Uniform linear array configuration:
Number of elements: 12
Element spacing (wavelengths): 0.25
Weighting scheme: uniform
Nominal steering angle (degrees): -45
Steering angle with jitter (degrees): -45.847
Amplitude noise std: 0.05
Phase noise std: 0.05

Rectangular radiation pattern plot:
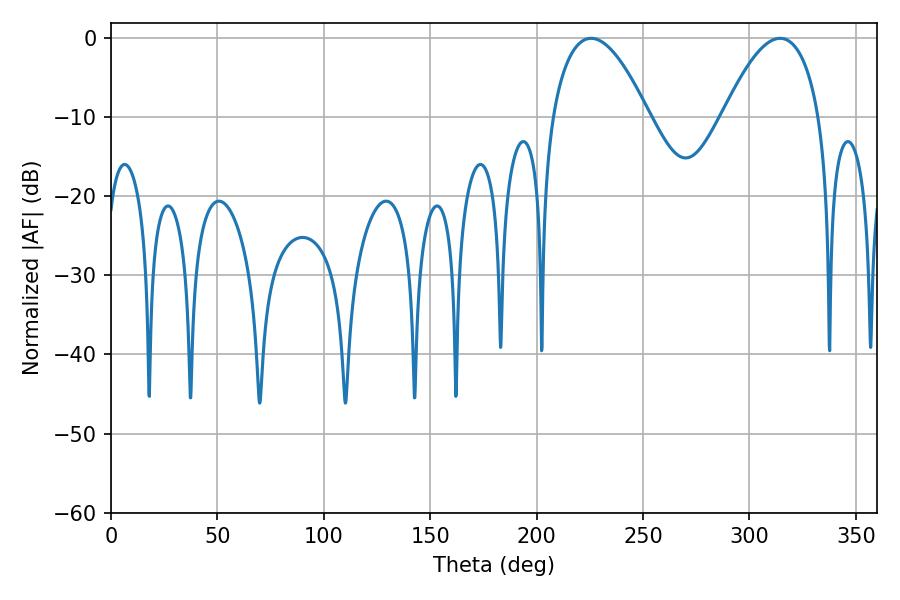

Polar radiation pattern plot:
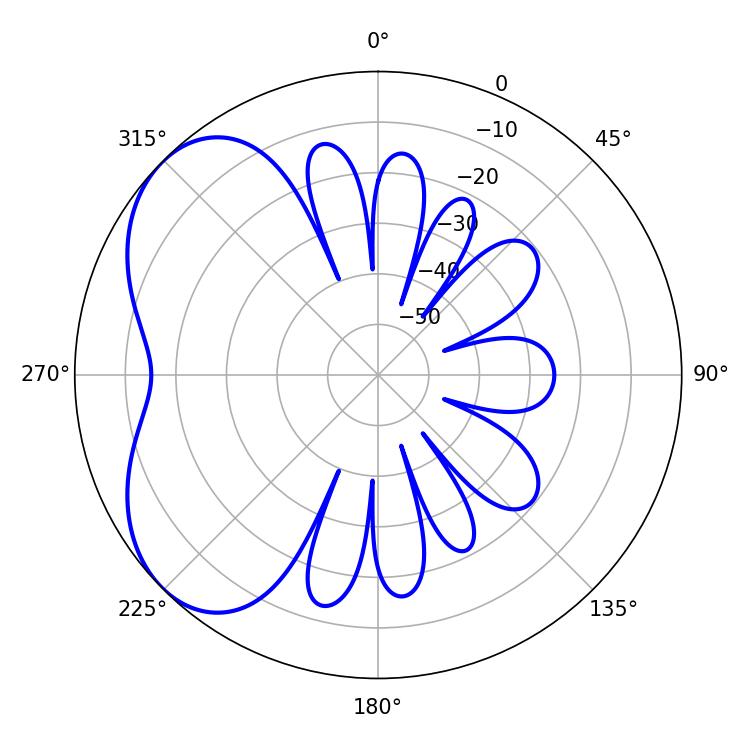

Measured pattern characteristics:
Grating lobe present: FALSE
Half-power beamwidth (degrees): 25.02
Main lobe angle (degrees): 225.54